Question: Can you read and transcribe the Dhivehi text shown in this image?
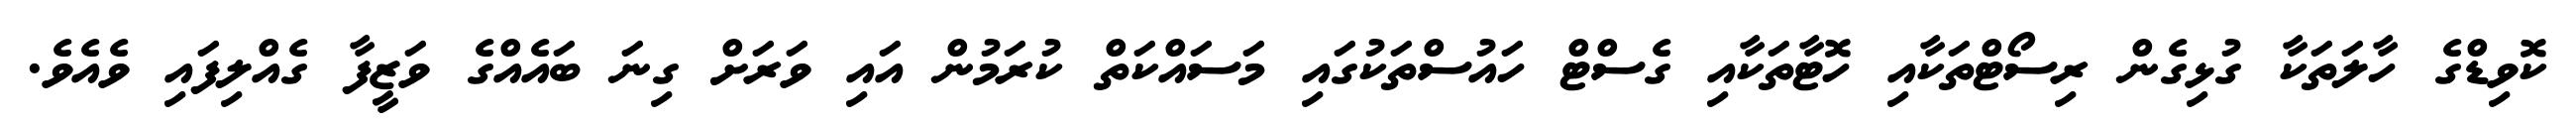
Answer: ކޮވިޑްގެ ހާލަތަކާ ގުޅިގެން ރިސޯޓްތަކާއި ހޮޓާތަކާއި ގެސްޓް ހައުސްތަކުގައި މަސައްކަތް ކުރަމުން އައި ވަރަށް ގިނަ ބައެއްގެ ވަޒީފާ ގެއްލިފައި ވެއެވެ.